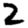
Digit: 2